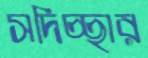
সদিচ্ছার